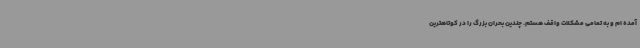
آمده ام و به تمامی مشکلات واقف هستم. چندین بحران بزرگ را در کوتاهترین